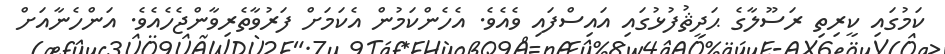
ކަމުގައި ކީރިތި ރަސޫލާގެ ޙަދީޘުފުޅުގައި އައިސްފައި ވެއެވެ. އެހެންކަމުން އެކަމަށް ފަރުވާތެރިވާންޖެހެއެވެ. އަންހެނާއަށް